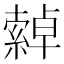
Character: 𦅕